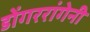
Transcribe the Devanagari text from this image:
डोंगररांगेनी